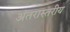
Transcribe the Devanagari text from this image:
अंतरास्तरीय